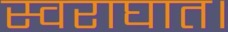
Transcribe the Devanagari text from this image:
स्वराघात।